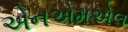
એનએમએલ